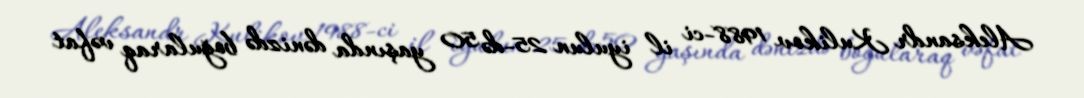
Aleksandr Kulikov 1988-ci il iyulun 25-də 50 yaşında dənizdə boğularaq vəfat